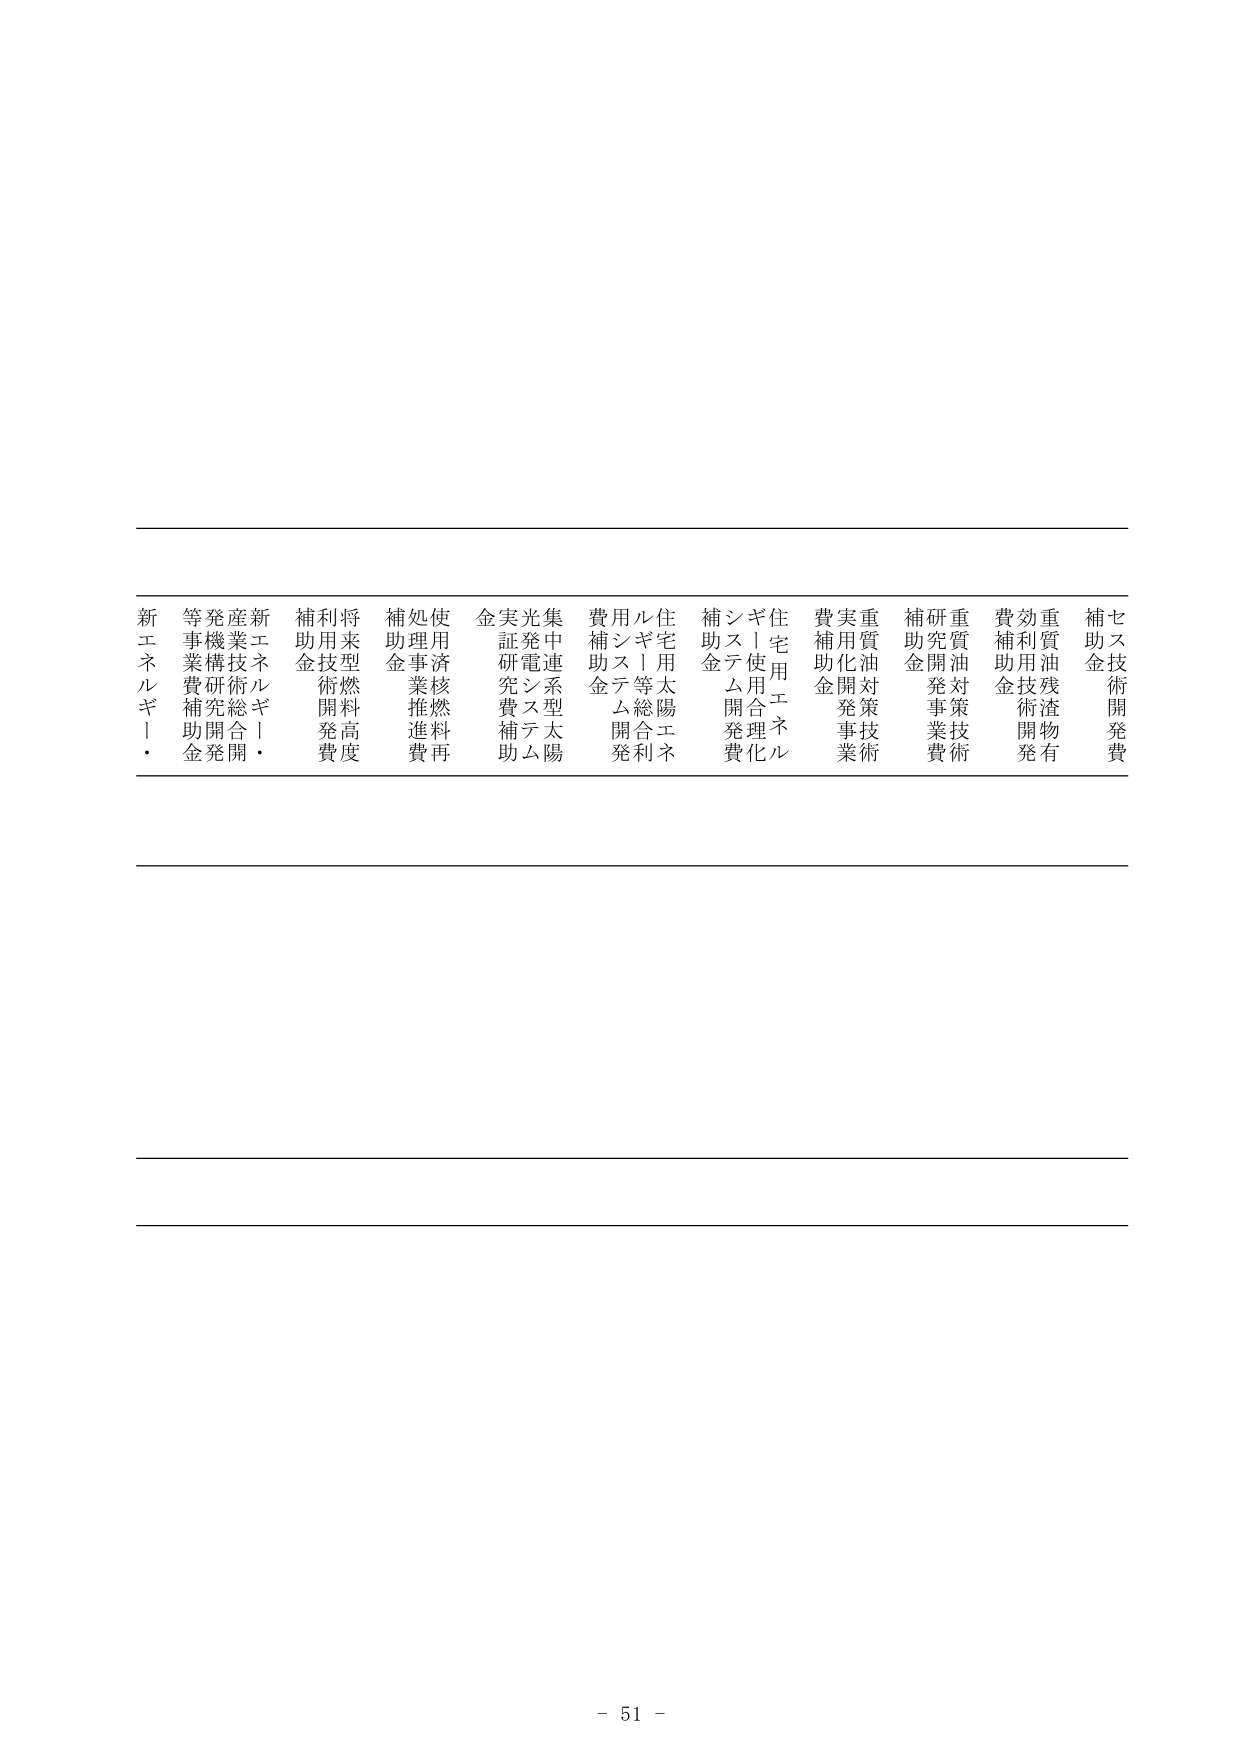
新エネルギー・
等事業費補助金
発機構研究開発
産業技術総合開
新エネルギー・
補助金
利用技術開発費
将来型燃料高度
補助金
処理事業推進費
使用済核燃料再
金
実証研究費補助
光発電システム
集中連系型太陽
費用補助金
ルギー等総合利
住宅用太陽エネ
補助金
システム開発費
ギー使用合理化
住宅用エネルギー
費補助金
実用化開発事業
重質油対策技術
補助金
研究開発事業費
重質油対策技術
費補助金
効率利用技術開発
重質油残渣物有
補助金
セス技術開発費
- 51 -